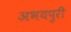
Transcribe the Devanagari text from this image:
अभयपुरी